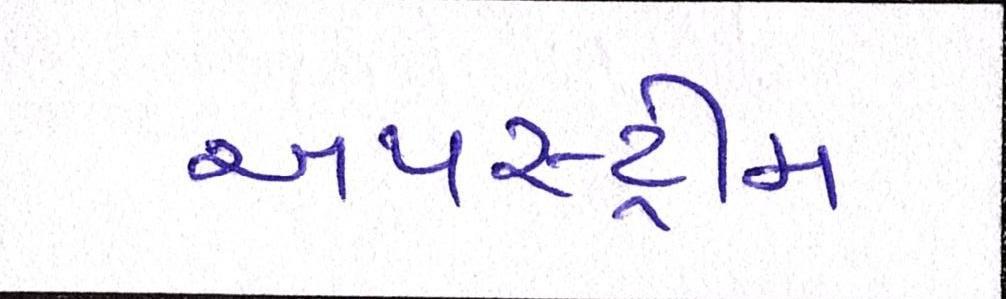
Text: અપસ્ટ્રીમ